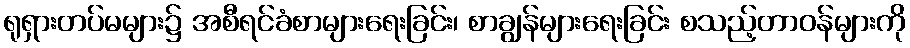
ရုရှားတပ်မများ၌ အစီရင်ခံစာများရေးခြင်း၊ စာချွန်များရေးခြင်း စသည့်တာဝန်များကို